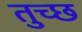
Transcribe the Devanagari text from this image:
तुच्‍छ